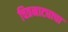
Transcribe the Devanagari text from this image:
चित्रनाट्याचा